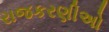
રાજકરણીઅો